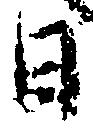
日